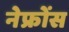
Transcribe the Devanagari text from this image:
नेफ्रोंस